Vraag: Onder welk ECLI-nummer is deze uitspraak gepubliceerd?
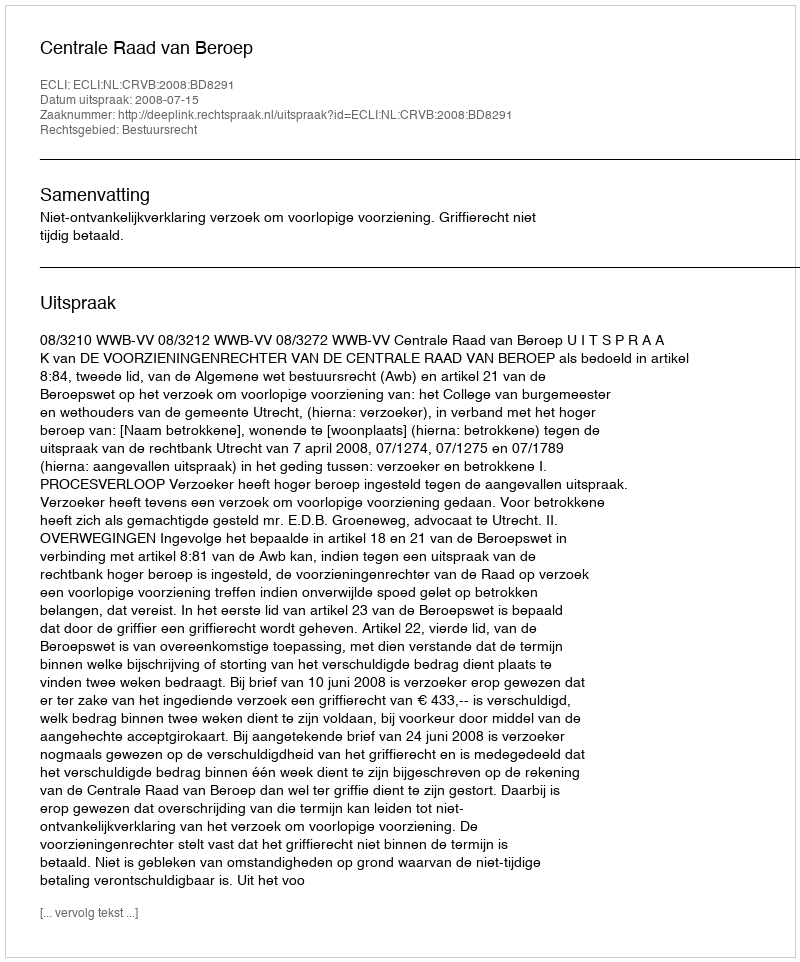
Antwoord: ECLI:NL:CRVB:2008:BD8291